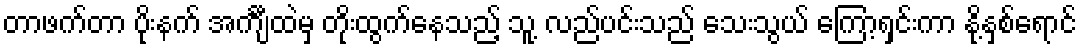
တာဖက်တာ ပိုးနက် အင်္ကျီထဲမှ တိုးထွက်နေသည့် သူ့ လည်ပင်းသည် သေးသွယ် ကြော့ရှင်းကာ နို့နှစ်ရောင်